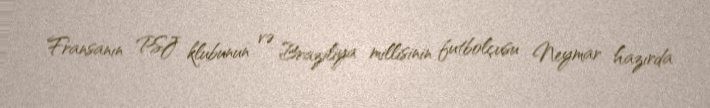
Fransanın PSJ klubunun və Braziliya millisinin futbolçusu Neymar hazırda